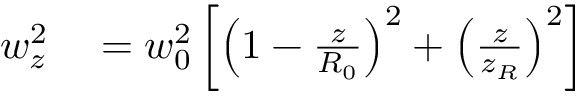
\begin{array} { r l } { w _ { z } ^ { 2 } } & { { } = w _ { 0 } ^ { 2 } \left[ \left( 1 - \frac { z } { R _ { 0 } } \right) ^ { 2 } + \left( \frac { z } { z _ { R } } \right) ^ { 2 } \right] } \end{array}